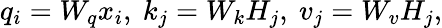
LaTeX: q_{i}=W_{q}x_{i},\ k_{j}=W_{k}H_{j},\ v_{j}=W_{v}H_{j},